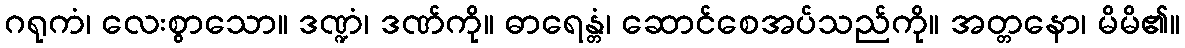
ဂရုကံ၊ လေးစွာသော။ ဒဏ္ဍံ၊ ဒဏ်ကို။ ဓာရေန္တံ၊ ဆောင်စေအပ်သည်ကို။ အတ္တနော၊ မိမိ၏။